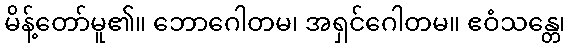
မိန့်တော်မူ၏။ ဘောဂေါတမ၊ အရှင်ဂေါတမ။ ဧဝံသန္တေ၊